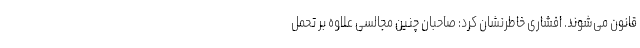
قانون می‌شوند. افشاری خاطرنشان کرد: صاحبان چنین مجالسی علاوه بر تحمل